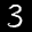
Label: 3